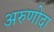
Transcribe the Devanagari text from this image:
अरुणोदा